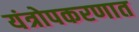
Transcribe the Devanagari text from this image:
यंत्रोपकरणात